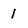
Character: 1